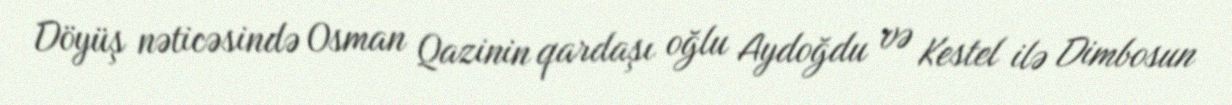
Döyüş nəticəsində Osman Qazinin qardaşı oğlu Aydoğdu və Kestel ilə Dimbosun